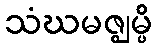
သံဃမဇ္ဈမ္ပိ